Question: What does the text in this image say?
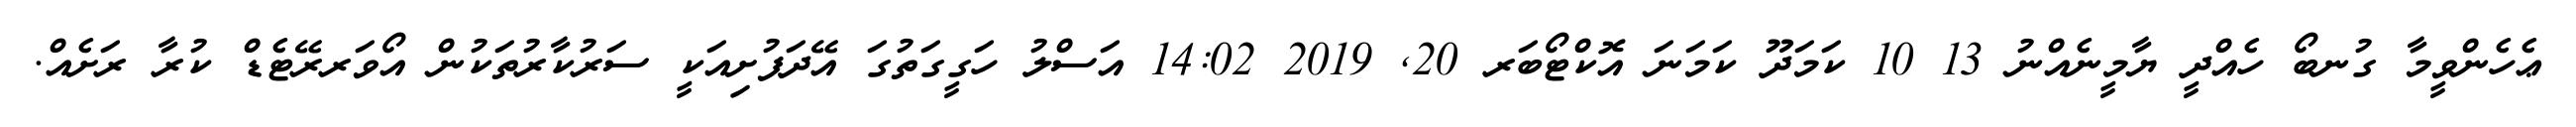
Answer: ޢެހެންވީމާ ގުނބޯ ހެއްދީ ޔާމީނެއްނު 13 10 ކަމަދޫ ކަމަނަ އޮކްޓޯބަރ 20, 2019 14:02 އަސްލު ހަގީގަތުގަ އޭދަފުށިއަކީ ސަރުކާރުތަކުން އޯވަރރޭޓެޑް ކުރާ ރަށެއް.